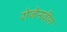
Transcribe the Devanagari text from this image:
रोजेनवीग